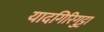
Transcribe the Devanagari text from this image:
यादगिरिगुट्टा